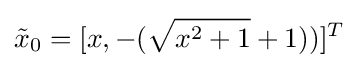
{\tilde {x}}_{0}=[x,-({\sqrt {x^{2}+1}}+1))]^{T}